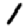
Digit: 1